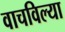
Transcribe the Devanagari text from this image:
वाचविल्या